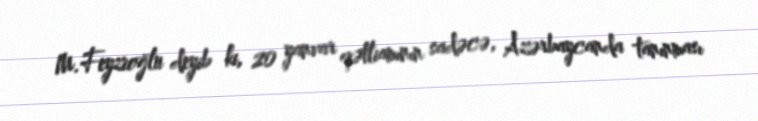
M.Feyzioğlu deyib ki, 20 yanvar qətliamının sadəcə, Azərbaycanda tanınması